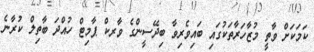
ކަމަކަށް ވާތީ މުޒާހަރާތަކުގައި ބައިވެރިވާ ބިދޭސީންގެ ވާރކް ޕާމިޓް ހުއްދަ ބާތިލް ކުރާނެ